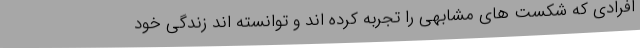
افرادی که شکست های مشابهی را تجربه کرده اند و توانسته اند زندگی خود